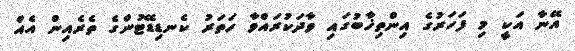
އޭނާ އަކީ މި ފަހަރުގެ އިންތިޚާބުގައި ވާދަކުރައްވާ ހަތަރު ކެނޑިޑޭޓުންގެ ތެރެއިން އެއް